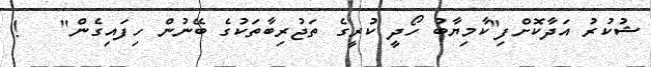
ޝުކުރު އަދާކޮށްފި"ކާމިޔާބު ހޯދީ ކުރީގެ ތަޖުރިބާތަކުގެ ބޭނުން ހިފައިގެން"   !